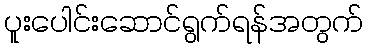
ပူးပေါင်းဆောင်ရွက်ရန်အတွက်